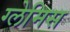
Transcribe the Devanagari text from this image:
ग्लेमिस